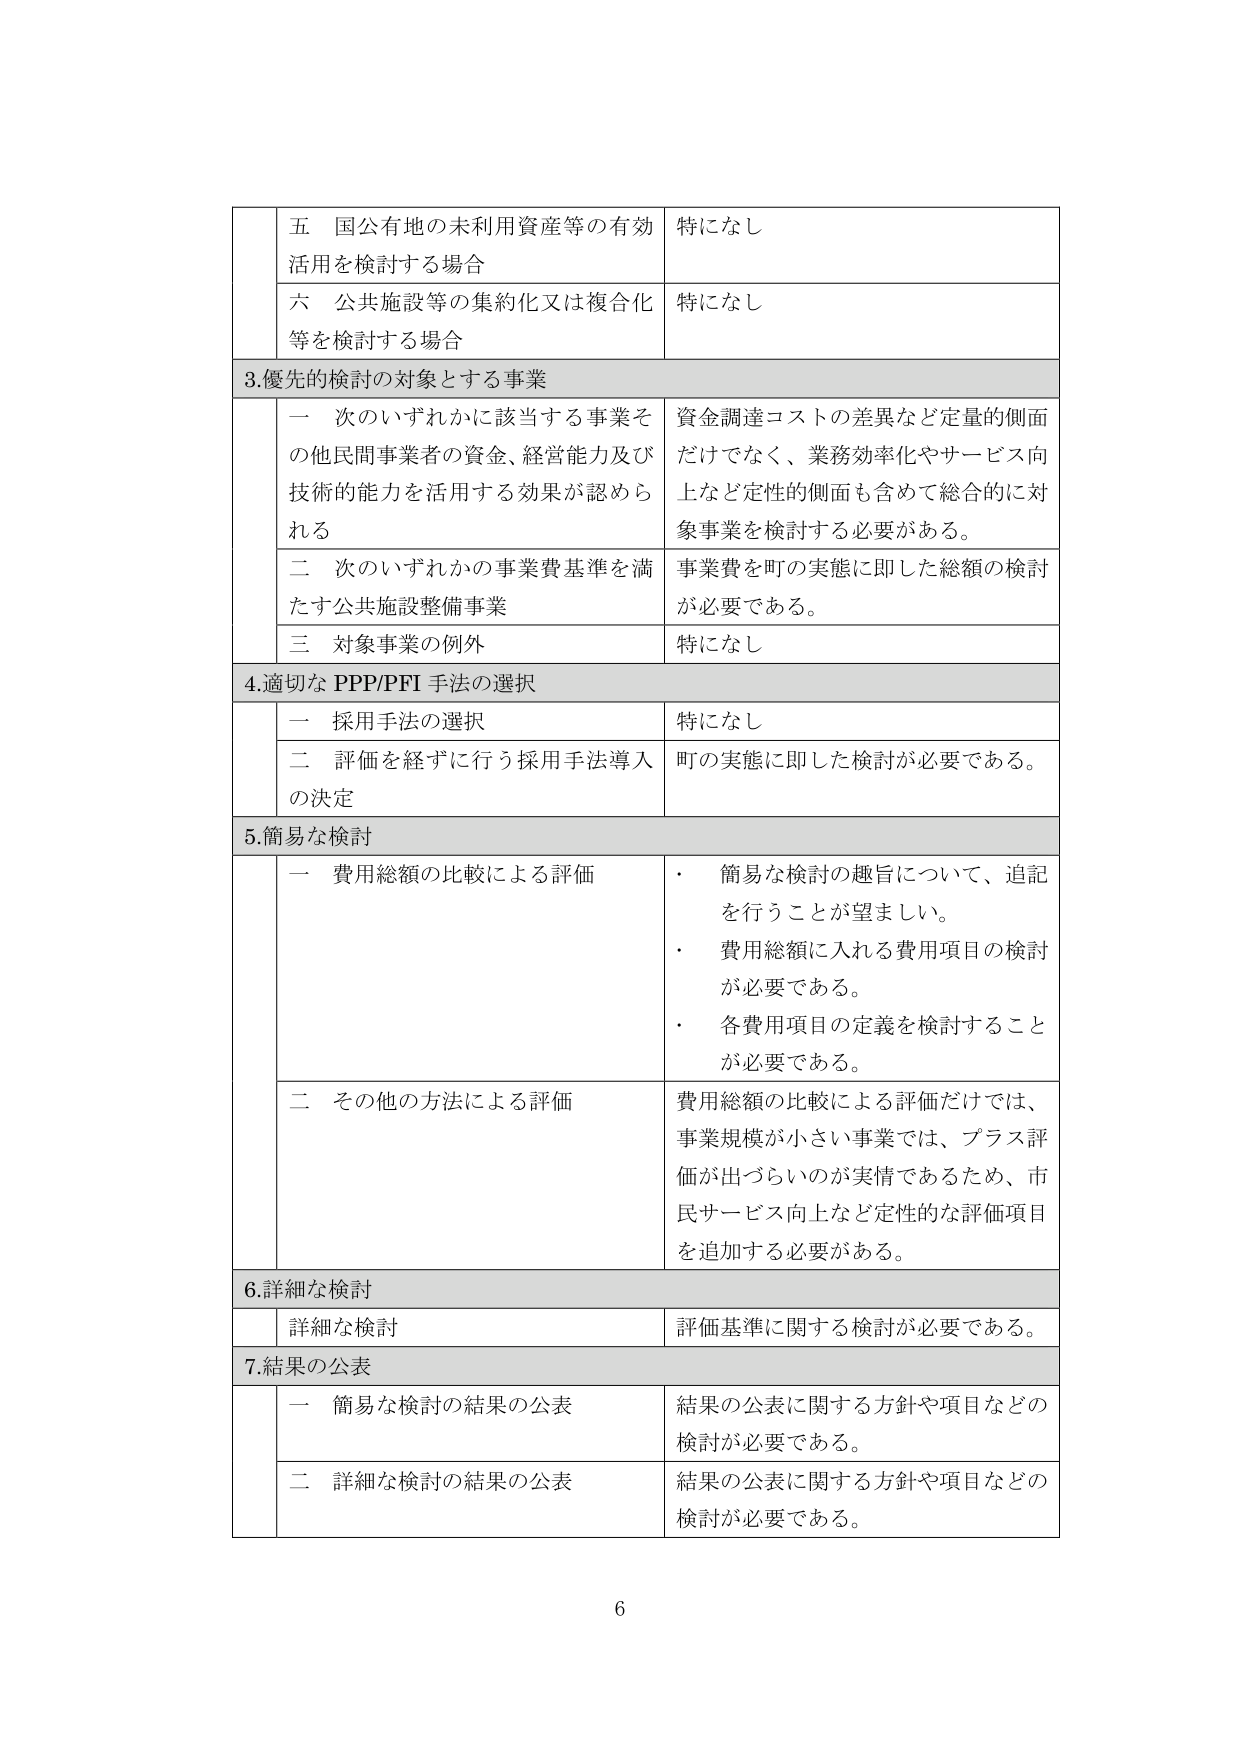
五 国公有地の未利用資産等の有効活用を検討する場合
特になし

六 公共施設等の集約化又は複合化等を検討する場合
特になし

3. 優先的検討の対象とする事業

一 次のいずれかに該当する事業その他民間事業者の資金、経営能力及び技術の能力を活用する効果が認められる
資金調達コストの差異など定量的側面だけでなく、業務効率化やサービス向上など定性的側面も含めて総合的に対象事業を検討する必要がある。

二 次のいずれかの事業費基準を満たす公共施設整備事業
事業費を町の実態に即した総額の検討が必要である。

三 対象事業の例外
特になし

4. 適切な PPP/PFI 手法の選択

一 採用手法の選択
特になし

二 評価を経ずに 行う採用手法導入の決定
町の実態に即した検討が必要である。

5. 簡易な検討

一 費用総額の比較による評価
・ 簡易な検討の趣旨について、追記を行うことが望ましい。
・ 費用総額に入れる費用項目の検討が必要である。
・ 各費用項目の定義を検討することが必要である。

二 その他の方法による評価
費用総額の比較による評価だけでは、事業規模が小さい事業では、プラス評価が出づらいのが実情であるため、市民サービス向上など定性的な評価項目を追加する必要がある。

6. 詳細な検討

詳細な検討
評価基準に関する検討が必要である。

7. 結果の公表

一 簡易な検討の結果の公表
結果の公表に関する方針や項目などの検討が必要である。

二 詳細な検討の結果の公表
結果の公表に関する方針や項目などの検討が必要である。

6